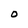
Character: O